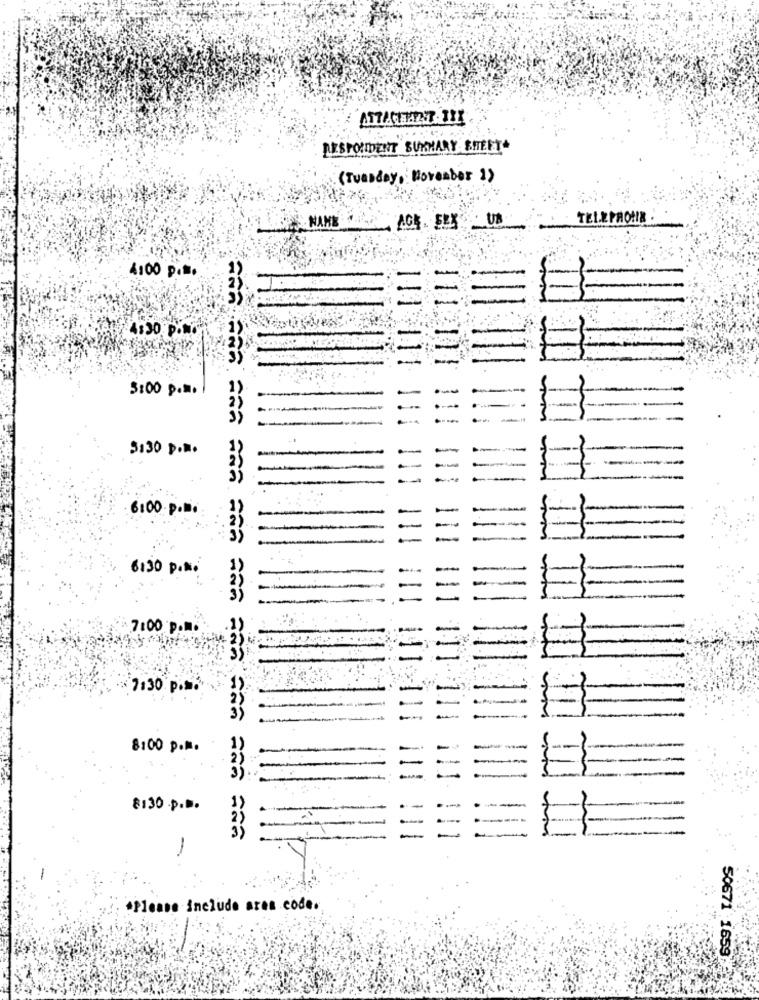
ATTATHAT. III
RESPONDENT SUMMARY BITERT
(Tuesday, November 1)
TELEPROHIB
NAME ACK SEX US
4100 p ...
-
=
4:30 P.M.
3:00 p.s.
=
-
-
3:30 p. M.
-- -
6:00 p.B.
-
6:30 P.N.
7:00 p.m.
. 7:30 p.s.
8:00 p.M.
-
-
8:30 .P.B.
*Please include area code.
50671 :1659